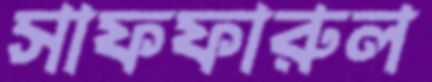
সাফফারুল